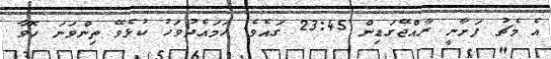
އެ މެޗު ފަށާނީ ރާއްޖޭގަޑިން 23:45 ގައެވެ. ހަމައެދުވަހު ކުޅެވޭ ތިންވަނަ ހޮވާ